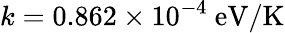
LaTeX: k=0.862\times 10^{-4}~\mathrm{eV/K}